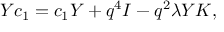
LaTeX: Y c _ { 1 } = c _ { 1 } Y + q ^ { 4 } I - q ^ { 2 } \lambda Y K ,